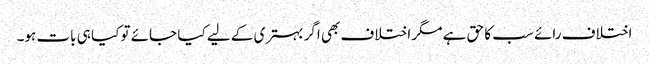
اختلاف رائے سب کا حق ہے مگر اختلاف بھی اگر بہتری کے لیے کیا جائے تو کیا ہی بات ہو۔